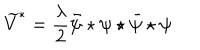
LaTeX: \widetilde { V } ^ { * } = \frac { \lambda } { 2 } \bar { \psi } \star \psi \star \bar { \psi } \star \psi